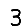
Digit: 3